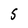
Character: 5